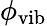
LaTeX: \phi_{\mathrm{vib}}